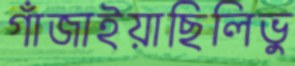
গাঁজাইয়াছিলিভু